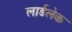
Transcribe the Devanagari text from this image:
लार्डलेक